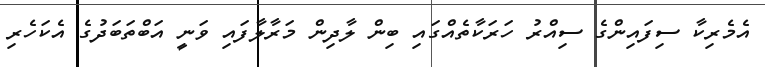
އެމެރިކާ ސިފައިންގެ ސިއްރު ހަރަކާތެއްގައި ބިން ލާދިން މަރާލާފައި ވަނީ އަބްތަބަދުގެ އެކަހެރި